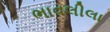
ભાવલીલા